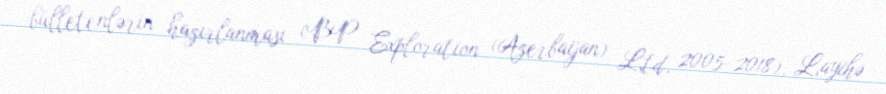
bülletenlərin hazırlanması (BP Exploration (Azerbaijan) Ltd, 2005–2018), Layihə